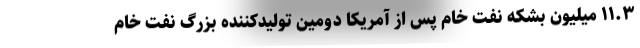
۱۱.۳ میلیون بشکه نفت خام پس از آمریکا دومین تولیدکننده بزرگ نفت خام